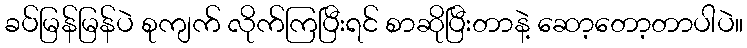
ခပ်မြန်မြန်ပဲ စုကျက် လိုက်ကြပြီးရင် စာဆိုပြီးတာနဲ့ ဆော့တော့တာပါပဲ။